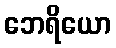
ဘေရိယော